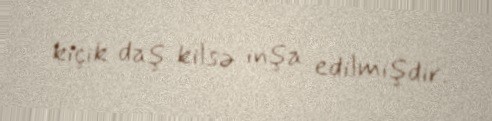
kiçik daş kilsə inşa edilmişdir.